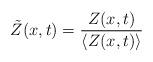
LaTeX: \begin{align*}\tilde{Z}(x,t) = \frac{Z(x,t)}{\langle Z(x,t)\rangle} \end{align*}